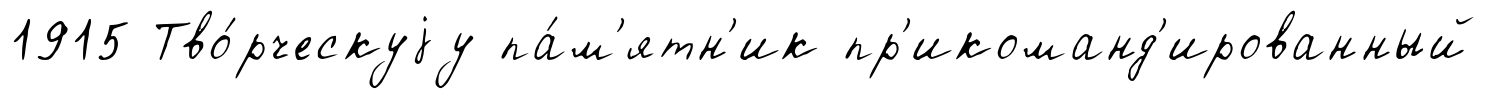
1915 Тво́рческуjу па́м'ятн'ик пр'икоманд'ированный